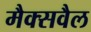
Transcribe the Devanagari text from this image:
मैक्सवैल